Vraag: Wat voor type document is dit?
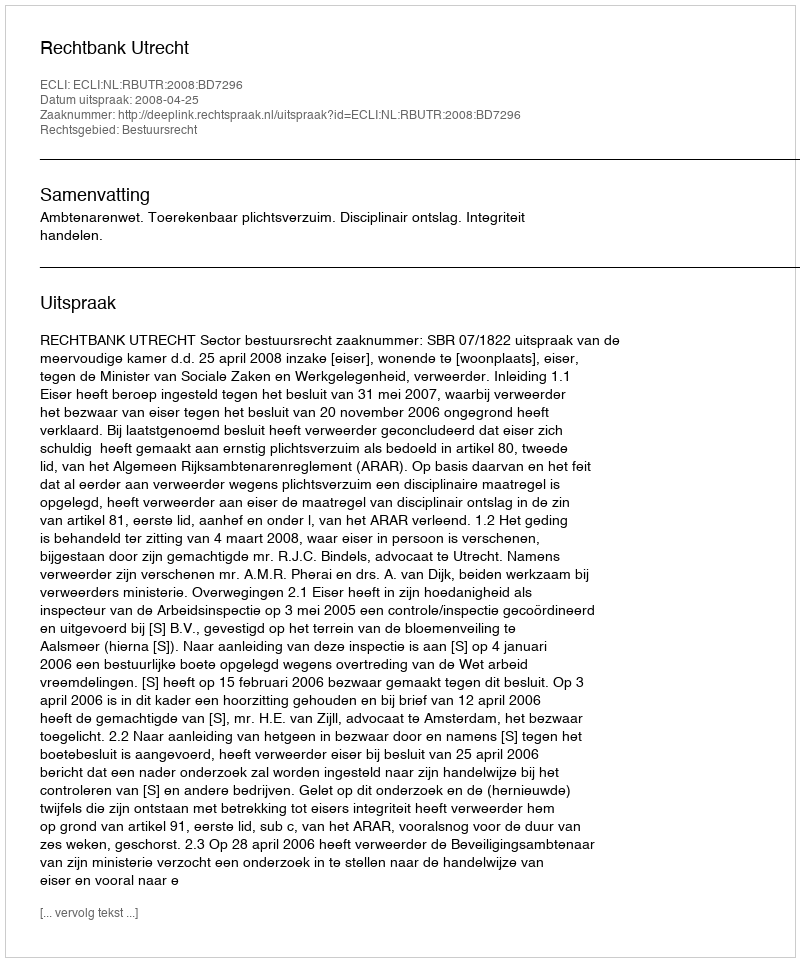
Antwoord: Uitspraak